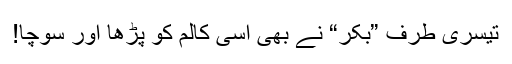
تیسری طرف ”بکر“ نے بھی اسی کالم کو پڑھا اور سوچا!